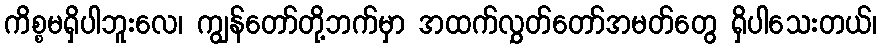
ကိစ္စမရှိပါဘူးလေ၊ ကျွန်တော်တို့ဘက်မှာ အထက်လွှတ်တော်အမတ်တွေ ရှိပါသေးတယ်၊